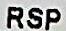
RSP